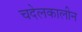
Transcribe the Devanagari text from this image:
चदेलकालीन